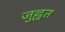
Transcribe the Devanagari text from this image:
जुह्वत